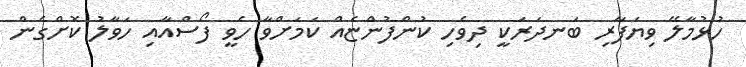
ހުޅުމާލޭ ވިޔަފާރި ބަނދަރަކީ ދިވެހި ކުންފުންޏެއް ކަމަށްވާ ހެވީ ފޯސްއާއި ހަވާލު ކޮށްގެން